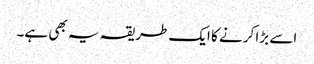
اسے بڑا کرنے کا ایک طریقہ یہ بھی ہے۔